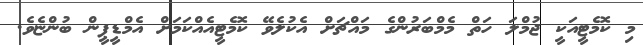
މި ކޮމެޓީއަކީ ޖުމްލަ ހަތް މެމްބަރުންގެ މައްޗަށް އެކުލެވޭ ކޮމެޓީއެއްކަމަށް އެމްޑީޕީން ބުންޏެވެ.